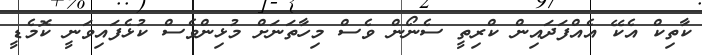
ކާތިކް އެކޭ އެއްފަދައިން ކްރިތީ ސެނޯން ވެސް މިހާތަނަށް މުޅިންވެސް ކުޅެފައިވަނީ ކޮމެޑީ